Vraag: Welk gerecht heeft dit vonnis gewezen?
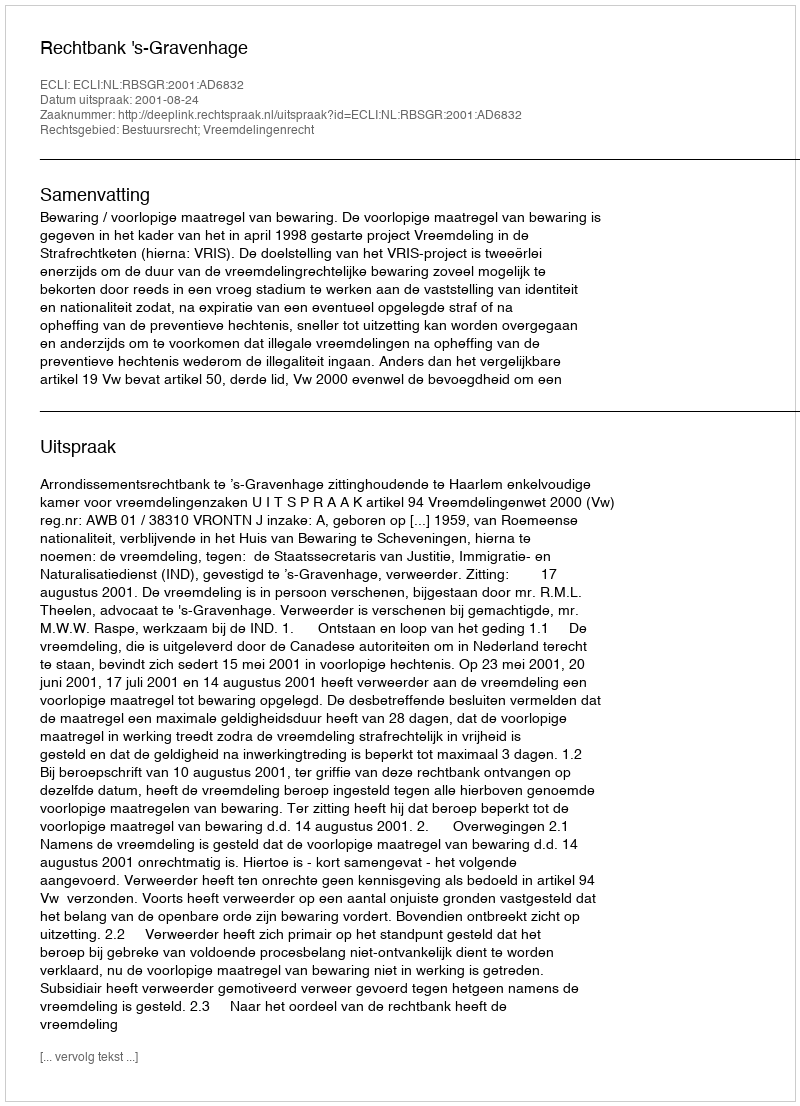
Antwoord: Rechtbank 's-Gravenhage